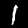
Digit: 1